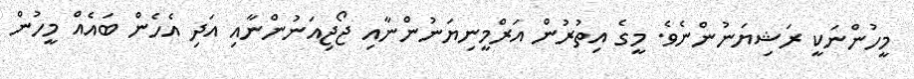
މީހުންނަކީ ރަޝިޔަނުންނެވެ. މީގެ އިތުރުން އަރްމީނިޔަނުންނާއި ޖޯޖިއަނުންނާއި އަދި އެހެން ބައެއް މީހުން